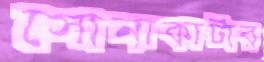
সোনাকাটার